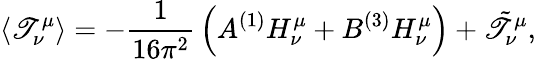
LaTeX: \langle\mathscr{T}_{\nu}^{\mu}\rangle=-{\frac{{1}}{{16\pi^{2}}}}\left(A{}^{(1)}H_{\nu}^{\mu}+B{}^{(3)}H_{\nu}^{\mu}\right)+\tilde{{\mathscr{T}}}_{\nu}^{\mu},